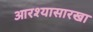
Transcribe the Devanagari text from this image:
आरश्यासारखा